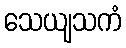
သေယျသကံ